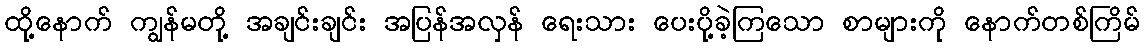
ထို့နောက် ကျွန်မတို့ အချင်းချင်း အပြန်အလှန် ရေးသား ပေးပို့ခဲ့ကြသော စာများကို နောက်တစ်ကြိမ်